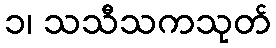
၁၊ သသီသကသုတ်